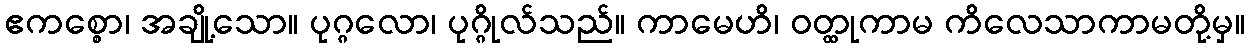
ဧကစ္စော၊ အချို့သော။ ပုဂ္ဂလော၊ ပုဂ္ဂိုလ်သည်။ ကာမေဟိ၊ ဝတ္ထုကာမ ကိလေသာကာမတို့မှ။